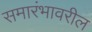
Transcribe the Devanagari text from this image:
समारंभावरील